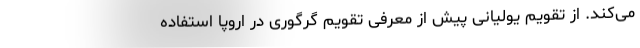
می‌کند. از تقویم یولیانی پیش از معرفی تقویم گرگوری در اروپا استفاده